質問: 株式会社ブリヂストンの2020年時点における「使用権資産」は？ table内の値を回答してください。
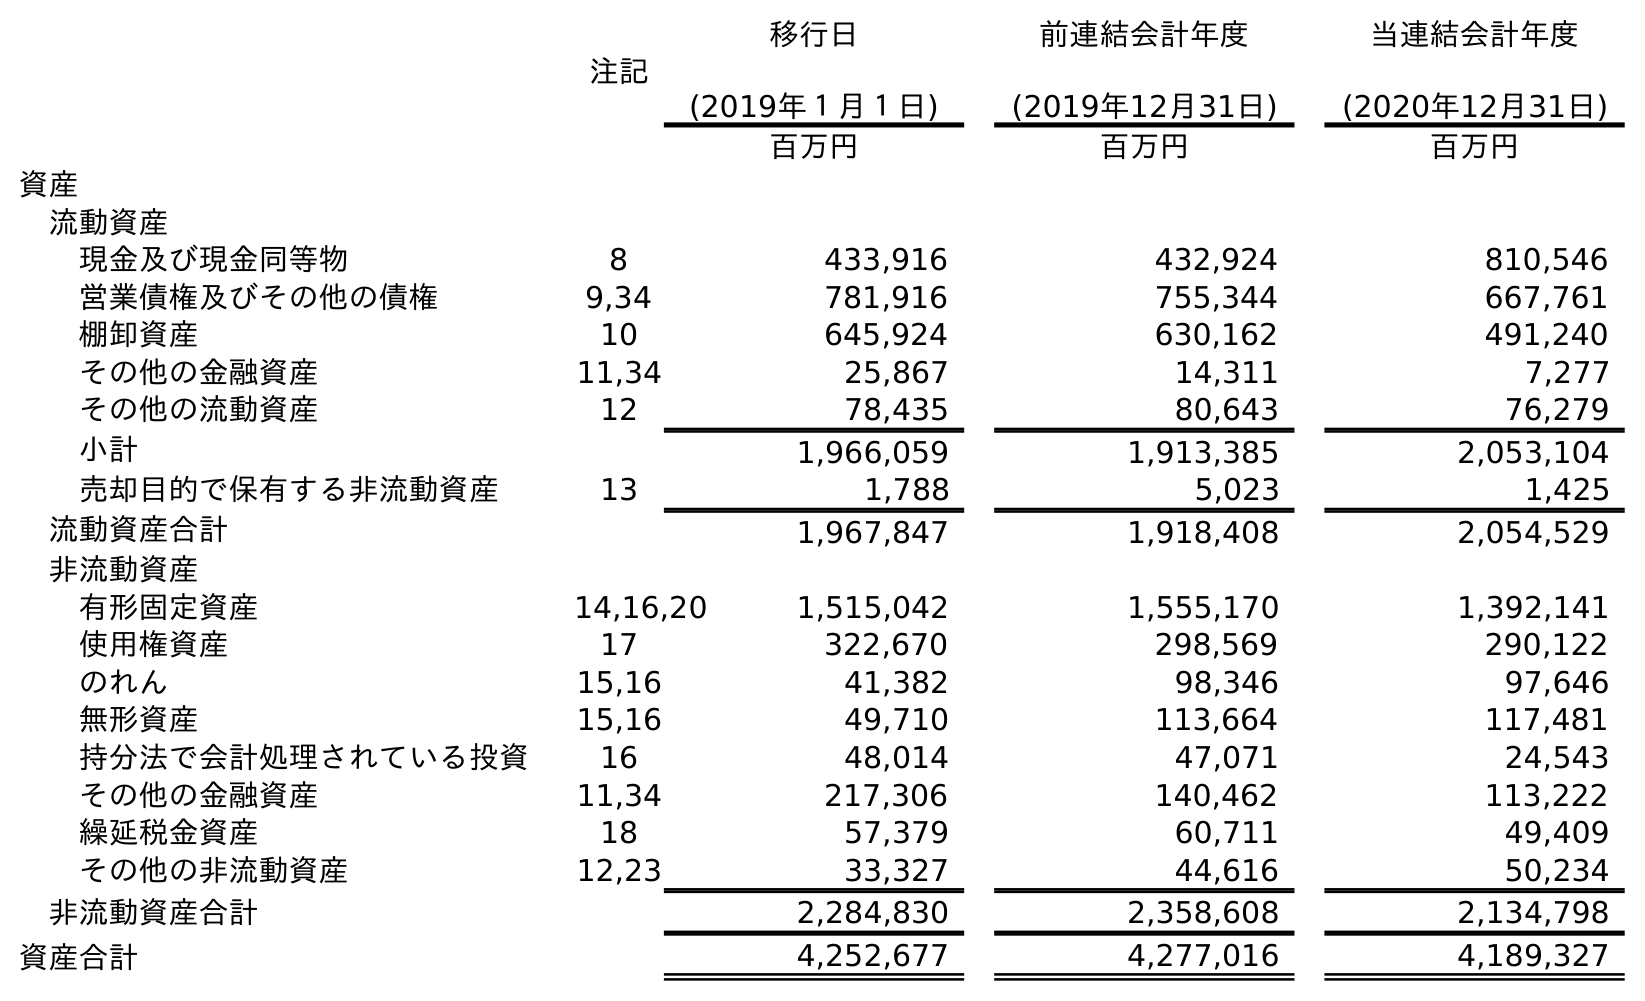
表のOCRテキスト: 注記 移行日 (2019年１月１日) 前連結会計年度 (2019年12月31日) 当連結会計年度 (2020年12月31日) 百万円 百万円 百万円 資産 流動資産 現金及び現金同等物 8 433,916 432,924 810,546 営業債権及びその他の債権 9,34 781,916 755,344 667,761 棚卸資産 10 645,924 630,162 491,240 その他の金融資産 11,34 25,867 14,311 7,277 その他の流動資産 12 78,435 80,643 76,279 小計 1,966,059 1,913,385 2,053,104 売却目的で保有する非流動資産 13 1,788 5,023 1,425 流動資産合計 1,967,847 1,918,408 2,054,529 非流動資産 有形固定資産 14,16,20 1,515,042 1,555,170 1,392,141 使用権資産 17 322,670 298,569 290,122 のれん 15,16 41,382 98,346 97,646 無形資産 15,16 49,710 113,664 117,481 持分法で会計処理されている投資 16 48,014 47,071 24,543 その他の金融資産 11,34 217,306 140,462 113,222 繰延税金資産 18 57,379 60,711 49,409 その他の非流動資産 12,23 33,327 44,616 50,234 非流動資産合計 2,284,830 2,358,608 2,134,798 資産合計 4,252,677 4,277,016 4,189,327
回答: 290,122